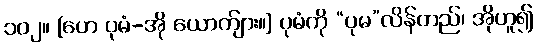
၁၀၂။ [ဟေ ပုမံ-အို ယောက်ျား။] ပုမံကို “ပုမ”လိန်တည်၊ အိုဟူ၍